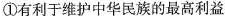
①有利于维护中华民族的最高利益